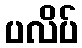
ပလိပ်